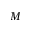
M